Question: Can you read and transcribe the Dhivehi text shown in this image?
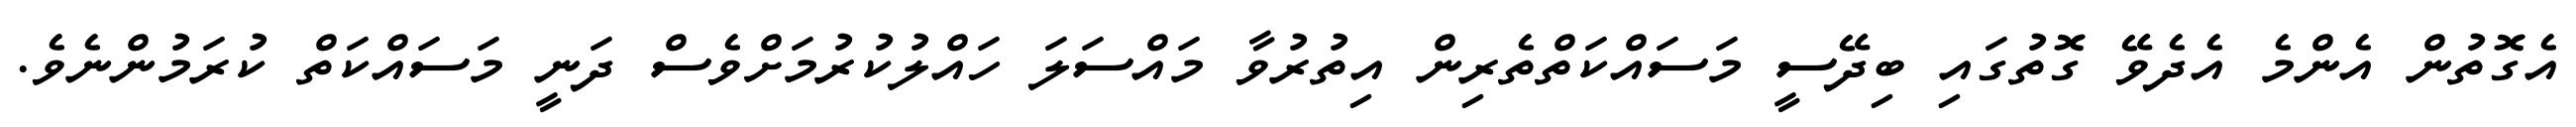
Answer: އެގޮތުން އެންމެ އެދެވޭ ގޮތުގައި ބިދޭސީ މަސައްކަތްތެރިން އިތުރުވާ މައްސަލަ ހައްލުކުރުމަށްވެސް ދަނީ މަސައްކަތް ކުރަމުންނެވެ.